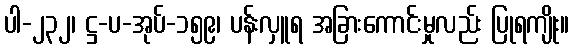
ပါ-၂၃၂၊ ဋ္ဌ-ပ-အုပ်-၁၅၉၊ ပန်းလှူရ အခြားကောင်းမှုလည်း ပြုရကျိုး။